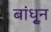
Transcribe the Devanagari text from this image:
बांधू्न